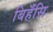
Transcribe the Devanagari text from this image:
बिहँसि